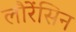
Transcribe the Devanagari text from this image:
लौरेंसिन